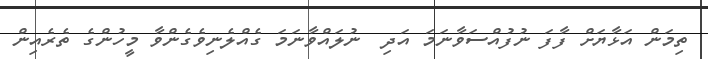
ތިމަން އަޅާޔަށް ފާފަ ނުފުއްސަވާނަމަ އަދި  ނުލައްވާނަމަ ގެއްލެނިވެގެންވާ މީހުންގެ ތެރެއިން